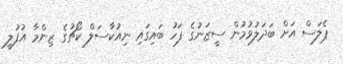
ޕެލަސް އަށް ބަދަލުވުމުން ސީޒަނުގެ ފަހު ބައިގައި ނިއުކާސަލް ކޯޗުގެ ޒިންމާ އުފުލީ